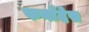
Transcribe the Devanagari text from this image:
फर्नांदेस